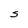
Character: S